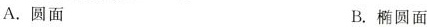
A.圆面 B.椭圆面